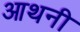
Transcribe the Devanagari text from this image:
आथनी